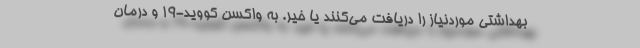
بهداشتی موردنیاز را دریافت می‌کنند یا خیر. به واکسن کووید-۱۹ و درمان